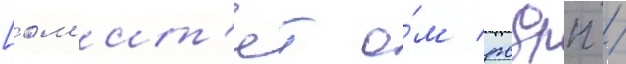
[ом'ит'ет о́м рсдрп /